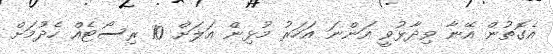
އެގޮތުން އޭނާ ވިދާޅުވީ އަންނަ އަހަރު މުޅިން އަލަށް 10 ރިސޯޓެއް ހެދުމަށް